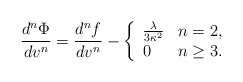
\begin{align*} \frac{d^{n}\Phi}{dv^{n}}=\frac{d^nf}{dv^n}-\left\{ \begin{array}{ll} \frac{\lambda}{3\kappa^2} & n=2,\\ 0 & n\geq 3. \end{array}\right.\end{align*}